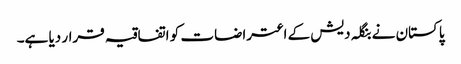
پاکستان نے بنگلہ دیش کے اعتراضات کو اتفاقیہ قرار دیا ہے۔